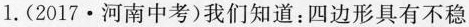
1.(2017·河南中考)我们知道：四边形具有不稳